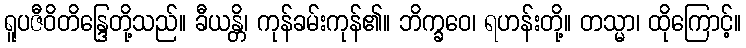
ရူပဇီဝိတိန္ဒြေတို့သည်။ ခီယန္တိ၊ ကုန်ခမ်းကုန်၏။ ဘိက္ခဝေ၊ ရဟန်းတို့။ တသ္မာ၊ ထိုကြောင့်။